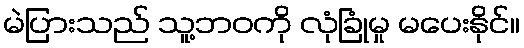
မဲပြားသည် သူ့ဘဝကို လုံခြုံမှု မပေးနိုင်။